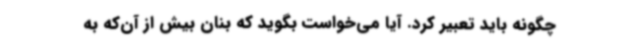
چگونه باید تعبیر کرد. آیا می‌خواست بگوید که بنان بیش از آن‌که به